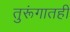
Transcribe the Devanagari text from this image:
तुरूंगातही